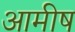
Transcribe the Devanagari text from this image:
आमीष